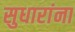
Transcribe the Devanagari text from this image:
सुधारांना